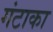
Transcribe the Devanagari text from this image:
गंटाका